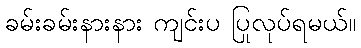
ခမ်းခမ်းနားနား ကျင်းပ ပြုလုပ်ရမယ်။